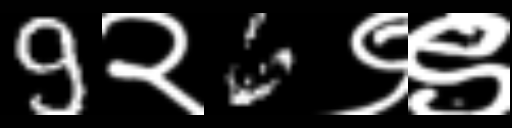
Text: 9२6९९